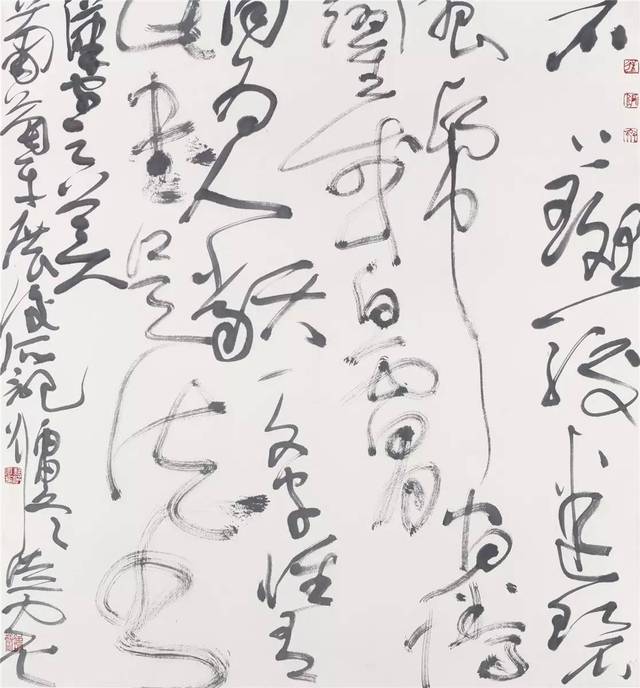
白雁乱飞秋似雪，清露生凉夜。